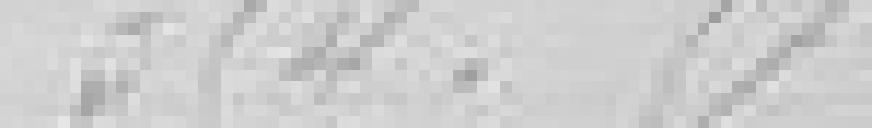
354.17